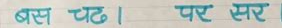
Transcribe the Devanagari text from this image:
बस चढ। पर सर।